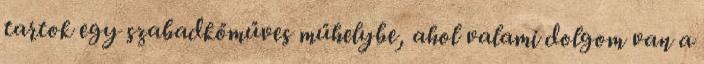
tartok egy szabadkőműves műhelybe, ahol valami dolgom van a